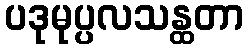
ပဒုမုပ္ပလသန္ထတာ